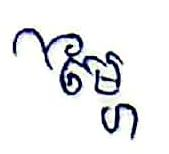
ម្ភៃ